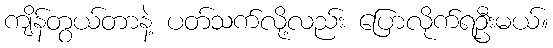
ကျိန်တွယ်တာနဲ့ ပတ်သက်လို့လည်း ပြောလိုက်ရဦးမယ်။